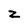
Character: z